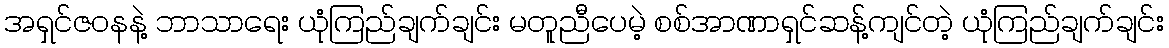
အရှင်ဇဝနနဲ့ ဘာသာရေး ယုံကြည်ချက်ချင်း မတူညီပေမဲ့ စစ်အာဏာရှင်ဆန့်ကျင်တဲ့ ယုံကြည်ချက်ချင်း